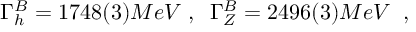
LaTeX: \Gamma _ { h } ^ { B } = 1 7 4 8 ( 3 ) M e V \; , \; \; \Gamma _ { Z } ^ { B } = 2 4 9 6 ( 3 ) M e V \; \; ,